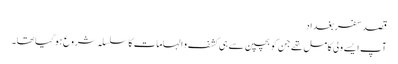
قصد سفر بغداد
آپ ایسے ولی کامل تھے جن کو بچپن سے ہی کشف و الہامات کا سلسلہ شروع ہوگیا تھا۔